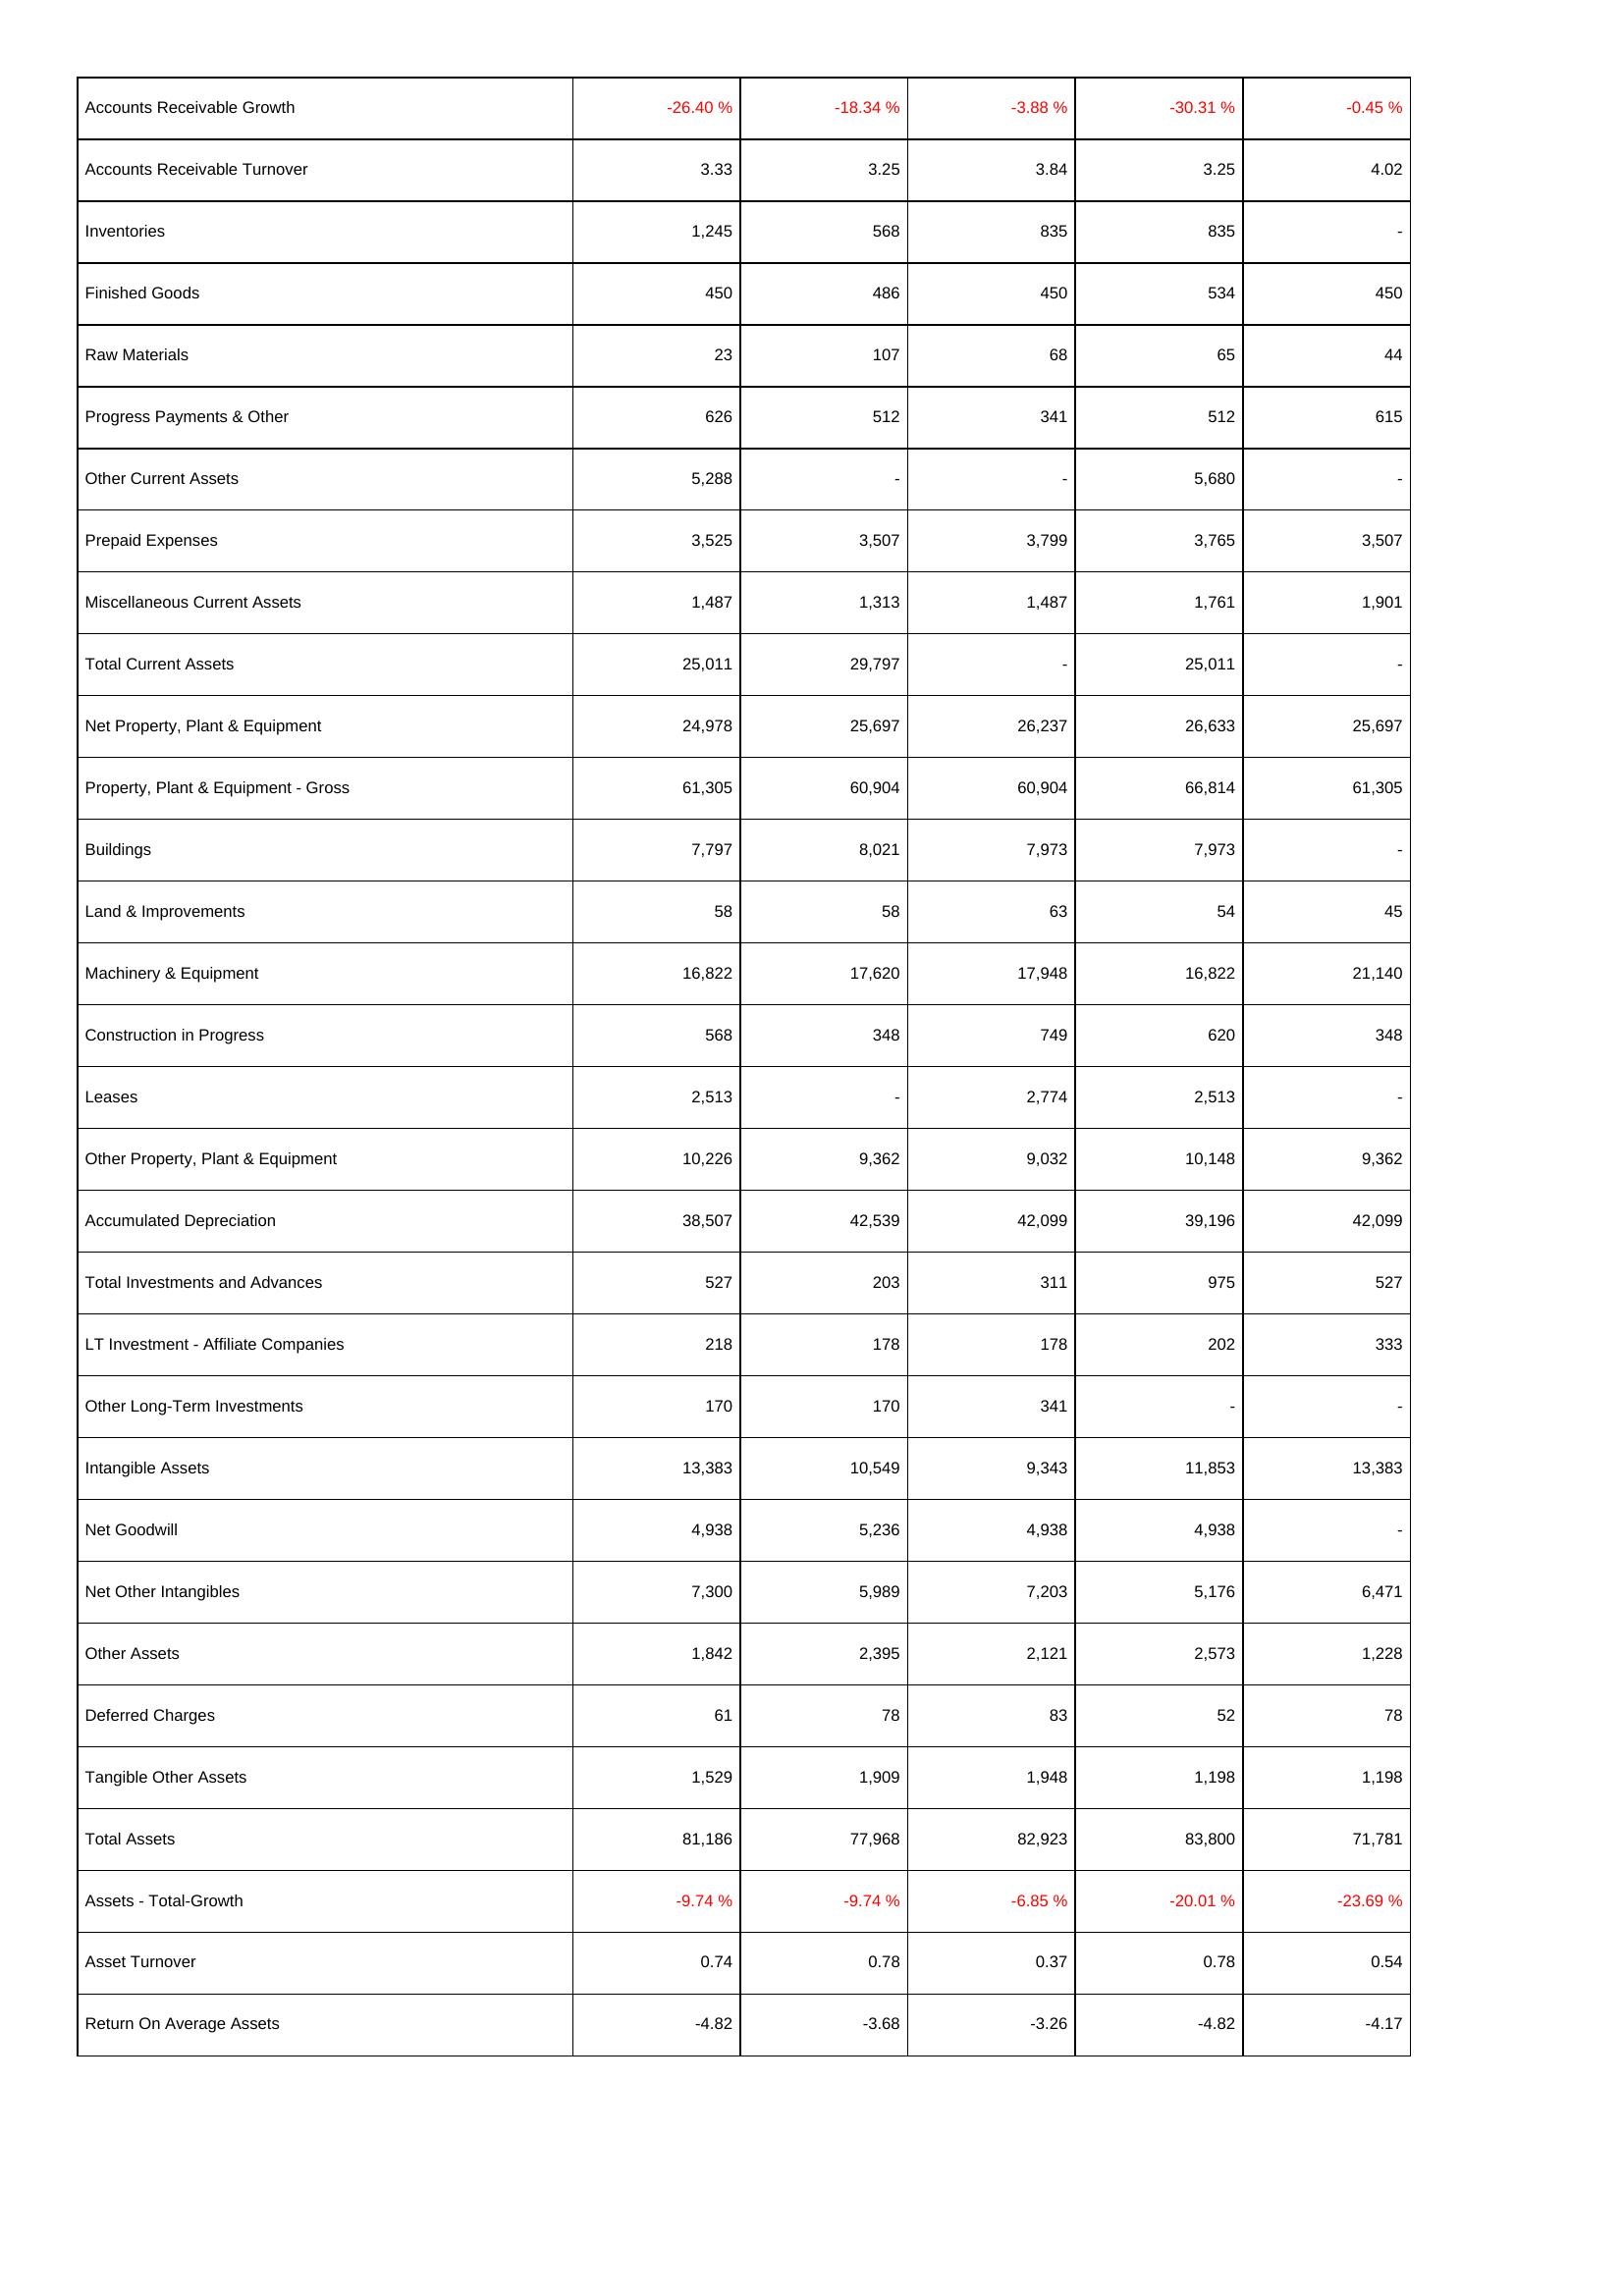
2024: Assets: Accounts Receivable Growth: -26.40 %
Accounts Receivable Turnover: 3.33
Inventories: 1,245
Finished Goods: 450
Raw Materials: 23
Progress Payments & Other: 626
Other Current Assets: 5,288
Prepaid Expenses: 3,525
Miscellaneous Current Assets: 1,487
Total Current Assets: 25,011
Net Property, Plant & Equipment: 24,978
Property, Plant & Equipment - Gross: 61,305
Buildings: 7,797
Land & Improvements: 58
Machinery & Equipment: 16,822
Construction in Progress: 568
Leases: 2,513
Other Property, Plant & Equipment: 10,226
Accumulated Depreciation: 38,507
Total Investments and Advances: 527
LT Investment - Affiliate Companies: 218
Other Long-Term Investments: 170
Intangible Assets: 13,383
Net Goodwill: 4,938
Net Other Intangibles: 7,300
Other Assets: 1,842
Deferred Charges: 61
Tangible Other Assets: 1,529
Total Assets: 81,186
Assets - Total-Growth: -9.74 %
Asset Turnover: 0.74
Return On Average Assets: -4.82
2023: Assets: Accounts Receivable Growth: -18.34 %
Accounts Receivable Turnover: 3.25
Inventories: 568
Finished Goods: 486
Raw Materials: 107
Progress Payments & Other: 512
Other Current Assets: -
Prepaid Expenses: 3,507
Miscellaneous Current Assets: 1,313
Total Current Assets: 29,797
Net Property, Plant & Equipment: 25,697
Property, Plant & Equipment - Gross: 60,904
Buildings: 8,021
Land & Improvements: 58
Machinery & Equipment: 17,620
Construction in Progress: 348
Leases: -
Other Property, Plant & Equipment: 9,362
Accumulated Depreciation: 42,539
Total Investments and Advances: 203
LT Investment - Affiliate Companies: 178
Other Long-Term Investments: 170
Intangible Assets: 10,549
Net Goodwill: 5,236
Net Other Intangibles: 5,989
Other Assets: 2,395
Deferred Charges: 78
Tangible Other Assets: 1,909
Total Assets: 77,968
Assets - Total-Growth: -9.74 %
Asset Turnover: 0.78
Return On Average Assets: -3.68
2022: Assets: Accounts Receivable Growth: -3.88 %
Accounts Receivable Turnover: 3.84
Inventories: 835
Finished Goods: 450
Raw Materials: 68
Progress Payments & Other: 341
Other Current Assets: -
Prepaid Expenses: 3,799
Miscellaneous Current Assets: 1,487
Total Current Assets: -
Net Property, Plant & Equipment: 26,237
Property, Plant & Equipment - Gross: 60,904
Buildings: 7,973
Land & Improvements: 63
Machinery & Equipment: 17,948
Construction in Progress: 749
Leases: 2,774
Other Property, Plant & Equipment: 9,032
Accumulated Depreciation: 42,099
Total Investments and Advances: 311
LT Investment - Affiliate Companies: 178
Other Long-Term Investments: 341
Intangible Assets: 9,343
Net Goodwill: 4,938
Net Other Intangibles: 7,203
Other Assets: 2,121
Deferred Charges: 83
Tangible Other Assets: 1,948
Total Assets: 82,923
Assets - Total-Growth: -6.85 %
Asset Turnover: 0.37
Return On Average Assets: -3.26
2021: Assets: Accounts Receivable Growth: -30.31 %
Accounts Receivable Turnover: 3.25
Inventories: 835
Finished Goods: 534
Raw Materials: 65
Progress Payments & Other: 512
Other Current Assets: 5,680
Prepaid Expenses: 3,765
Miscellaneous Current Assets: 1,761
Total Current Assets: 25,011
Net Property, Plant & Equipment: 26,633
Property, Plant & Equipment - Gross: 66,814
Buildings: 7,973
Land & Improvements: 54
Machinery & Equipment: 16,822
Construction in Progress: 620
Leases: 2,513
Other Property, Plant & Equipment: 10,148
Accumulated Depreciation: 39,196
Total Investments and Advances: 975
LT Investment - Affiliate Companies: 202
Other Long-Term Investments: -
Intangible Assets: 11,853
Net Goodwill: 4,938
Net Other Intangibles: 5,176
Other Assets: 2,573
Deferred Charges: 52
Tangible Other Assets: 1,198
Total Assets: 83,800
Assets - Total-Growth: -20.01 %
Asset Turnover: 0.78
Return On Average Assets: -4.82
2020: Assets: Accounts Receivable Growth: -0.45 %
Accounts Receivable Turnover: 4.02
Inventories: -
Finished Goods: 450
Raw Materials: 44
Progress Payments & Other: 615
Other Current Assets: -
Prepaid Expenses: 3,507
Miscellaneous Current Assets: 1,901
Total Current Assets: -
Net Property, Plant & Equipment: 25,697
Property, Plant & Equipment - Gross: 61,305
Buildings: -
Land & Improvements: 45
Machinery & Equipment: 21,140
Construction in Progress: 348
Leases: -
Other Property, Plant & Equipment: 9,362
Accumulated Depreciation: 42,099
Total Investments and Advances: 527
LT Investment - Affiliate Companies: 333
Other Long-Term Investments: -
Intangible Assets: 13,383
Net Goodwill: -
Net Other Intangibles: 6,471
Other Assets: 1,228
Deferred Charges: 78
Tangible Other Assets: 1,198
Total Assets: 71,781
Assets - Total-Growth: -23.69 %
Asset Turnover: 0.54
Return On Average Assets: -4.17